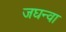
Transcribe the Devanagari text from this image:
जघन्वा